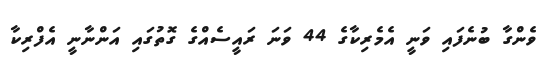
ވެންގާ ބުނެފައި ވަނީ އެމެރިކާގެ 44 ވަނަ ރައީސެއްގެ ގޮތުގައި އަންނާނީ އެފްރިކާ